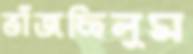
ভাঁজছিলুম